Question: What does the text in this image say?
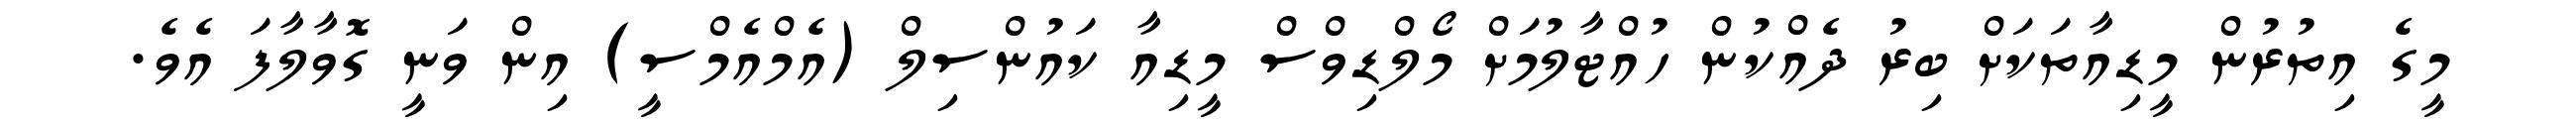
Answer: މީގެ އިތުރުން މީޑިއާތަކަށް ބިރު ދެއްކުން ހުއްޓާލުމަށް މޯލްޑިވްސް މީޑިއާ ކައުންސިލް (އެމްއެމްސީ) އިން ވަނީ ގޮވާލާފަ އެވެ.